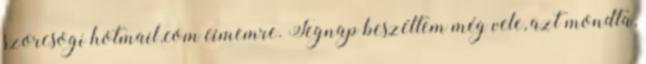
szorcsogi hotmail.com címemre. Tegnap beszéltem még vele, azt mondta,